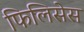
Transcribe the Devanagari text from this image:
फिलिसेस